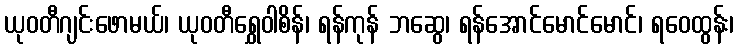
ယုဝတီဂျင်းဖောမယ်၊ ယုဝတီရွှေဝါစိန်၊ ရန်ကုန် ဘဆွေ၊ ရန်အောင်မောင်မောင်၊ ရဝေထွန်း၊